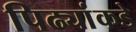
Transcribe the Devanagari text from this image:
पिढ्यांकडे